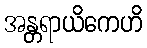
အန္တရာယိကေဟိ